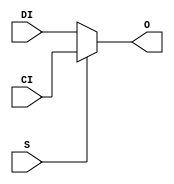
// $Header: /devl/xcs/repo/env/Databases/CAEInterfaces/xec_libs/data/unisims/MUXCY.v,v 1.1 2005/05/10 01:20:06 wloo Exp $

/*

FUNCTION	: 2 to 1 Multiplexer for Carry Logic

*/

`celldefine
`timescale  100 ps / 10 ps

module MUXCY (O, CI, DI, S);

    output O;
    reg    o_out;

    input  CI, DI, S;

    buf B1 (O, o_out);

	always @(CI or DI or S) begin
	    if (S)
		o_out <= CI;
	    else
		o_out <= DI;
	end

endmodule